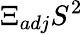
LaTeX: \Xi_{adj}S^{2}